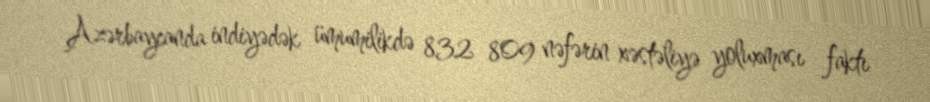
Azərbaycanda indiyədək ümumilikdə 832 809 nəfərin xəstəliyə yoluxması faktı